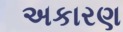
અકારણ